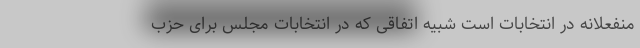
منفعلانه در انتخابات است شبیه اتفاقی که در انتخابات مجلس برای حزب